Leprosy in India: report of the Leprosy Commission in India, 1890-91
Year: 1890
Disease focus: Leprosy
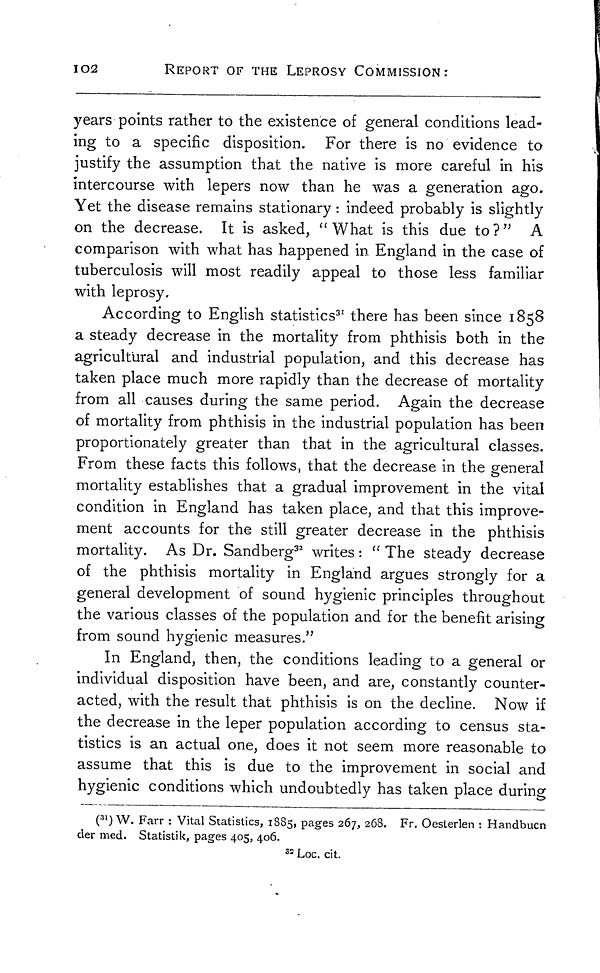
102
REPORT OF THE LEPROSY COMMISSION:
years points rather to the existence of general conditions lead-
ing to a specific disposition. For there is no evidence to
justify the assumption that the native is more careful in his
intercourse with lepers now than he was a generation ago.
Yet the disease remains stationary : indeed probably is slightly
on the decrease. It is asked, "What is this due to?" A
comparison with what has happened in England in the case of
tuberculosis will most readily appeal to those less familiar
with leprosy.
According to English statistics 31 there has been since 1858
a steady decrease in the mortality from phthisis both in the
agricultural and industrial population, and this decrease has
taken place much more rapidly than the decrease of mortality
from all causes during the same period. Again the decrease
of mortality from phthisis in the industrial population has been
proportionately greater than that in the agricultural classes.
From these facts this follows, that the decrease in the general
mortality establishes that a gradual improvement in the vital
condition in England has taken place, and that this improve-
ment accounts for the still greater decrease in the phthisis
mortality. As Dr. Sandberg 32 writes : " The steady decrease
of the phthisis mortality in England argues strongly for a
general development of sound hygienic principles throughout
the various classes of the population and for the benefit arising
from sound hygienic measures."
In England, then, the conditions leading to a general or
individual disposition have been, and are, constantly counter-
acted, with the result that phthisis is on the decline. Now if
the decrease in the leper population according to census sta-
tistics is an actual one, does it not seem more reasonable to
assume that this is due to the improvement in social and
hygienic conditions which undoubtedly has taken place during
( 31 ) W. Farr : Vital Statistics, 1885, pages 267, 268. Fr. Oesterlen : Handbucn
der med. Statistik, pages 405, 406.
32 Loc. cit.